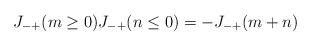
\begin{align*}J_{-+}(m\ge 0)J_{-+}(n \le 0) = -J_{-+}(m+n)\end{align*}